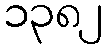
၁၃၈၂